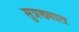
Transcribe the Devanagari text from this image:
सुप्रख्यात